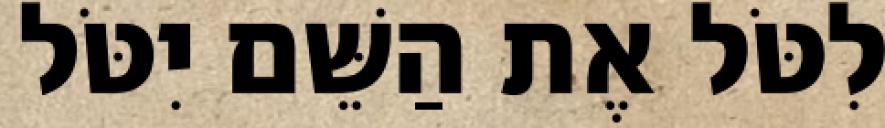
לִטֹּל אֶת הַשֵּׁם יִטֹּל